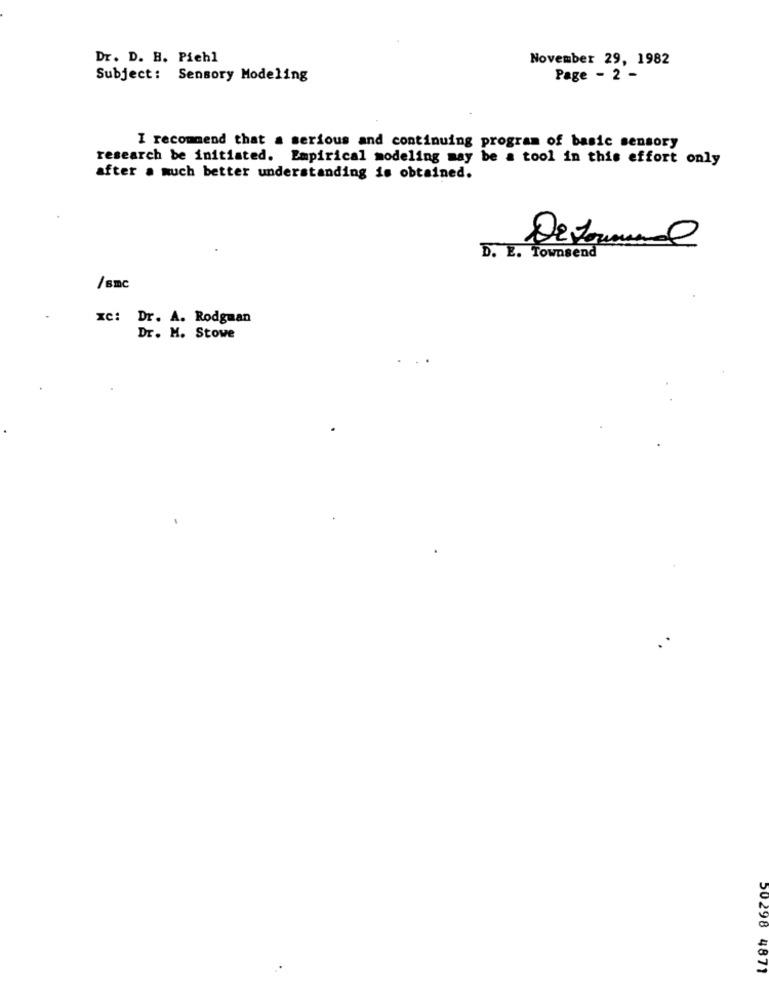
Dr. D. H. Piehl
November 29, 1982
Subject: Sensory Modeling
Page - 2 -
I recommend that a serious and continuing program of basic sensory
research be initiated. Empirical modeling may be a tool in this effort only
after a much better understanding is obtained.
D. E. Townsend
/smc
XC: Dr. A. Rodgman
Dr. M. Stowe
50298 4871